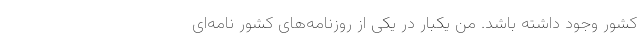
کشور وجود داشته باشد. من یکبار در یکی از روزنامه‌های کشور نامه‌ای